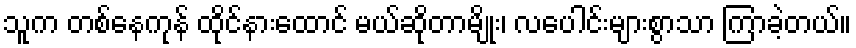
သူက တစ်နေကုန် ထိုင်နားထောင် မယ်ဆိုတာမျိုး၊ လပေါင်းများစွာသာ ကြာခဲ့တယ်။